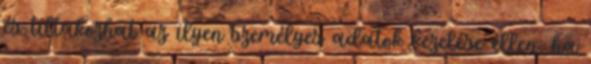
és tiltakozhat az ilyen személyes adatok kezelése ellen; ha